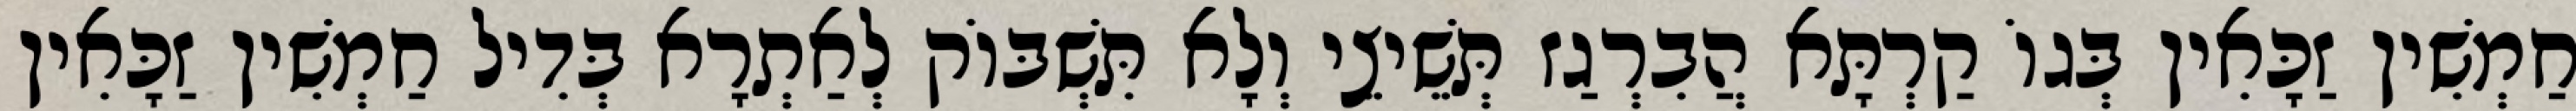
חַמְשִׁין זַכָּאִין בְּגוֹ קַרְתָּא הֲבִרְגַז תְּשֵׁיצֵי וְלָא תִּשְׁבּוֹק לְאַתְרָא בְּדִיל חַמְשִׁין זַכָּאִין